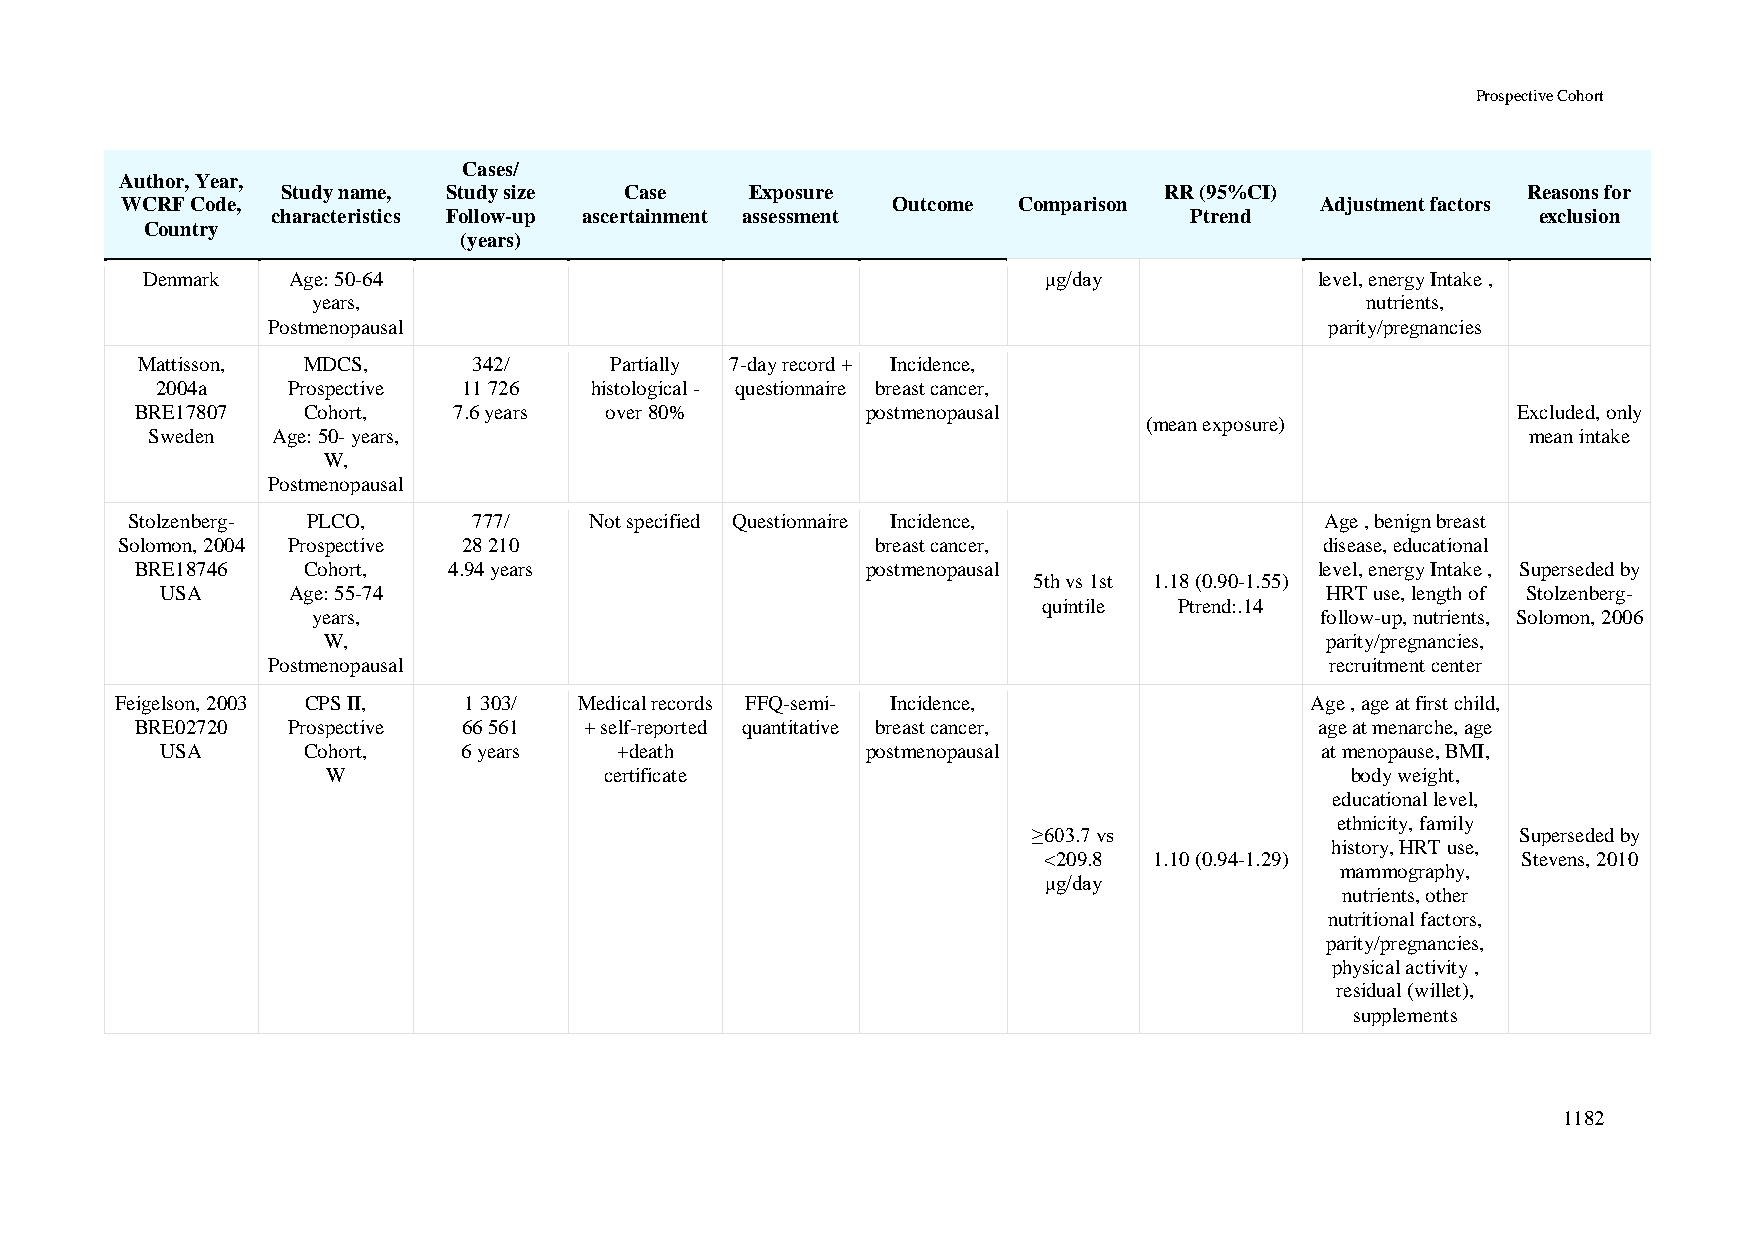
Prospective Cohort
 Cases/
 Author, Year,
 Study name, Study size Case    Exposure                   RR (95%CI)              Reasons for
 WCRF Code,                                         Outcome Comparison          Adjustment factors
 characteristics Follow-up ascertainment assessment           Ptrend                 exclusion
 Country
 (years)
 Denmark   Age: 50-64                                        μg/day            level, energy Intake ,
 years,                                                               nutrients,
 Postmenopausal                                                        parity/pregnancies
 Mattisson, MDCS,      342/     Partially 7-day record + Incidence,
 2004a    Prospective 11 726  histological - questionnaire breast cancer,
 BRE17807   Cohort,   7.6 years over 80%         postmenopausal                             Excluded, only
 (mean exposure)
 Sweden  Age: 50- years,                                                                    mean intake
 W,
 Postmenopausal
 Stolzenberg- PLCO,     777/    Not specified Questionnaire Incidence,           Age , benign breast
 Solomon, 2004 Prospective 28 210                  breast cancer,                disease, educational
 BRE18746   Cohort,   4.94 years                 postmenopausal                level, energy Intake , Superseded by
 5th vs 1st 1.18 (0.90-1.55)
 USA     Age: 55-74                                                           HRT use, length of Stolzenberg-
 quintile Ptrend:.14
 years,                                                            follow-up, nutrients, Solomon, 2006
 W,                                                                 parity/pregnancies,
 Postmenopausal                                                        recruitment center
 Feigelson, 2003 CPS II, 1 303/ Medical records FFQ-semi- Incidence,            Age , age at first child,
 BRE02720  Prospective 66 561  + self-reported quantitative breast cancer,     age at menarche, age
 USA      Cohort,    6 years   +death          postmenopausal                at menopause, BMI,
 W                 certificate                                      body weight,
 educational level,
 ethnicity, family
 ≥603.7 vs                        Superseded by
 history, HRT use,
 <209.8 1.10 (0.94-1.29)         Stevens, 2010
 mammography,
 μg/day
 nutrients, other
 nutritional factors,
 parity/pregnancies,
 physical activity ,
 residual (willet),
 supplements
 1182